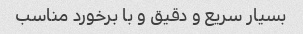
بسیار سریع و دقیق و با برخورد مناسب